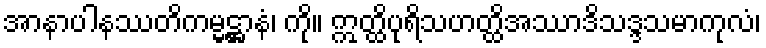
အာနာပါနဿတိကမ္မဋ္ဌာနံ၊ ကို။ ဣတ္ထိပုရိသဟတ္ထိအဿာဒိသဒ္ဒသမာကုလံ၊